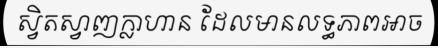
ស្វិតស្វាញក្លាហាន ដែលមានលទ្ធភាពអាច